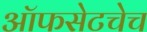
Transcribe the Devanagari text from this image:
ऑफसेटचेच